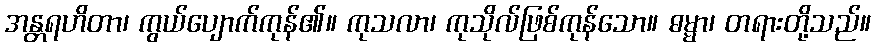
အန္တရဟိတာ၊ ကွယ်ပျောက်ကုန်၏။ ကုသလာ၊ ကုသိုလ်ဖြစ်ကုန်သော။ ဓမ္မာ၊ တရားတို့သည်။